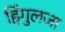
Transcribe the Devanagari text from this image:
हिंगुलजा